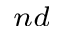
^ { n d }